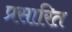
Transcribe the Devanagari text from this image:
प्रसारित